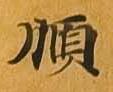
順